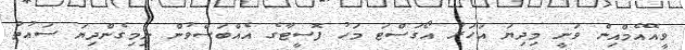
ވީއޭއެމްއިން ވަނީ މިދިޔަ އަހަރު އޯގަސްޓަ މަހު ފޮސީޓާގެ އެއްބަސްވުން ނިމިގެންދިޔަ ސައުތު